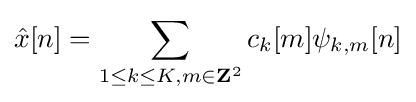
{\hat {x}}[n]=\sum _{1\leq k\leq K,m\in \mathbf {Z} ^{2}}c_{k}[m]\psi _{k,m}[n]